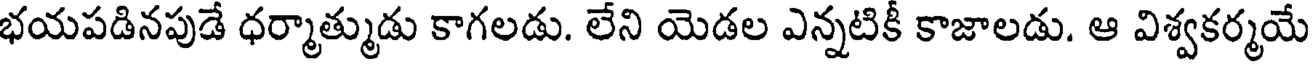
భయపడినపుడే ధర్మాత్ముడు కాగలడు. లేని యెడల ఎన్నటికీ కాజాలడు. ఆ విశ్వకర్మయే